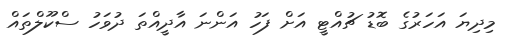
މިދިޔަ އަހަރުގެ ބޮޑު ޗުއްޓީ އަށް ފަހު އަންނަ އާދީއްތަ ދުވަހު ސްކޫލްތައް